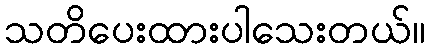
သတိပေးထားပါသေးတယ်။